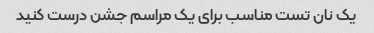
یک نان تست مناسب برای یک مراسم جشن درست کنید